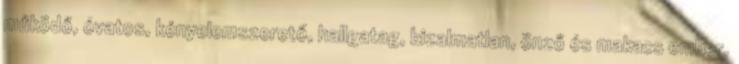
működő, óvatos, kényelemszerető, hallgatag, bizalmatlan, önző és makacs ember.